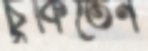
চুকিতেন